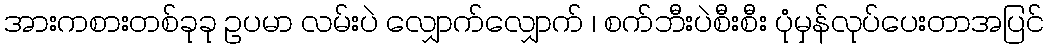
အားကစားတစ်ခုခု ဥပမာ လမ်းပဲ လျှောက်လျှောက် ၊ စက်ဘီးပဲစီးစီး ပုံမှန်လုပ်ပေးတာအပြင်